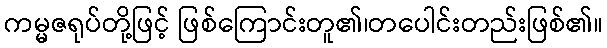
ကမ္မဇရုပ်တို့ဖြင့် ဖြစ်ကြောင်းတူ၏၊တပေါင်းတည်းဖြစ်၏။